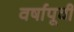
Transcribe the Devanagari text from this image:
वर्षापूवी